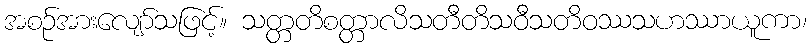
အစဉ်အားလျော်သဖြင့်။ သတ္တတိစတ္တာလိသတီတိသဝီသတိဝဿသဟဿာယူကာ၊